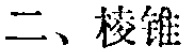
二、棱锥